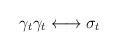
LaTeX: \begin{align*}\gamma_t\gamma_t \longleftrightarrow \sigma_t\end{align*}